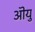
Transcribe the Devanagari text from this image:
ऒयु